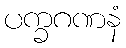
ပက္ခဂဏနံ